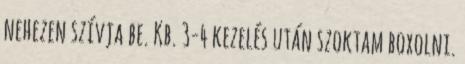
nehezen szívja be. Kb. 3-4 kezelés után szoktam boxolni.